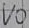
Text: VO